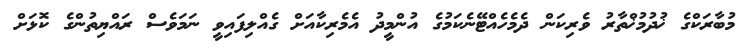
މުބާރަކްގެ ޚުދުމުޚްތާރު ވެރިކަން ދެމެހެއްޓޭނެކަމުގެ އުންމީދު އެމެރިކާއަށް ގެއްލިފައިވީ ނަމަވެސް ރައްޔިތުންގެ ކޮޅަށް